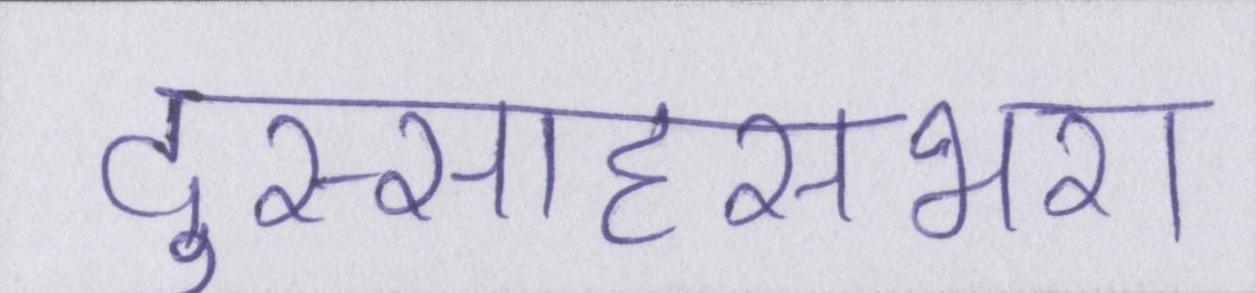
दुस्साहसभरा